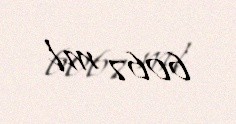
6067 ml